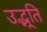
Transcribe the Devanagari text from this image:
उद्भूति